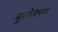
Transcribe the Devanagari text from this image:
मुमरेजनगर